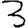
Digit: 3